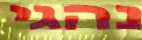
נהגי